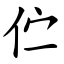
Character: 伫